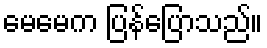
မေမေက ပြန်ပြောသည်။